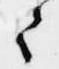
々